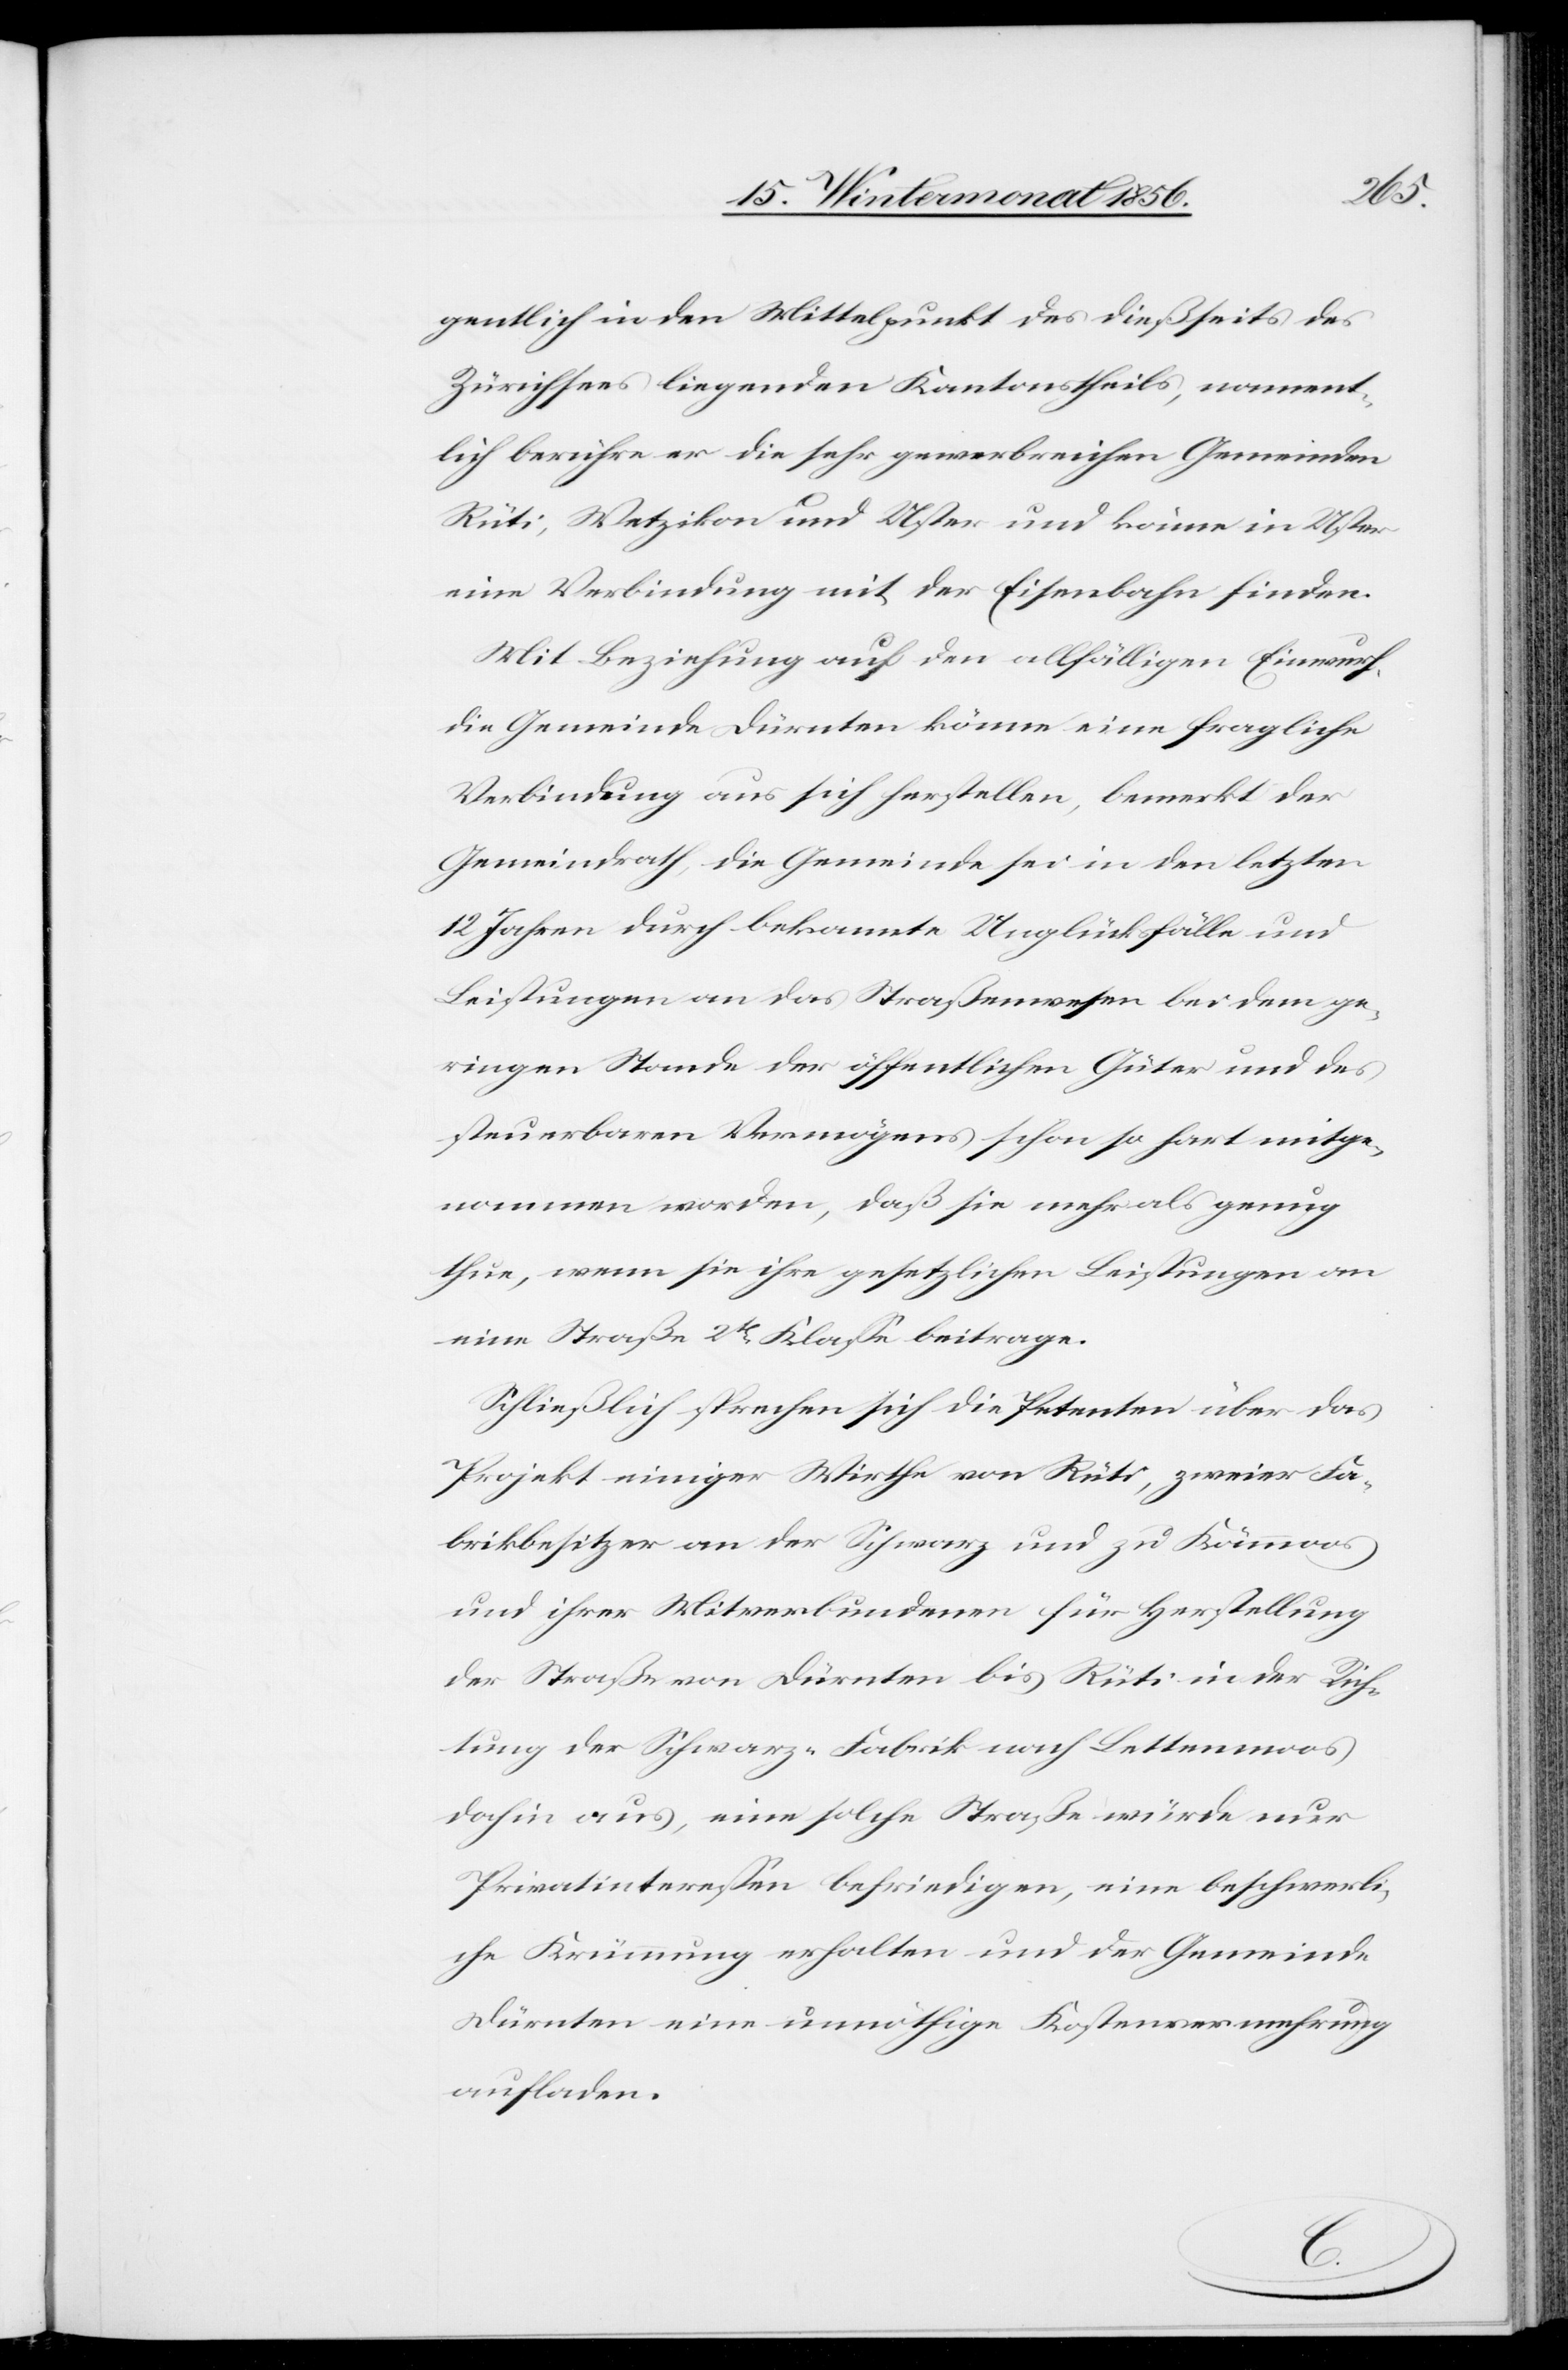
gentlich in den Mittelpunkt des dießseits des
Zürichsees liegenden Kantonstheils, nament¬
lich berühre er die sehr gewerbreichen Gemeinden
Rüti, Wetzikon und Uster und könne in Uster
eine Verbindung mit der Eisenbahn finden.
Mit Beziehung auf den allfälligen Einwurf,
die Gemeinde Dürnten könne eine fragliche
Verbindung aus sich herstellen, bemerkt der
Gemeindrath, die Gemeinde sei in den letzten
12 Jahren durch bekannte Unglücksfälle und
Leistungen an das Straßenwesen bei dem ge¬
ringen Stande der öffentlichen Güter und des
steuerbaren Vermögens schon so hart mitge¬
nommen worden, daß sie mehr als genug
thue, wenn sie ihre gesetzlichen Leistungen an
eine Straße 2t Klasse beitrage.
Schließlich sprechen sich die Petenten über das
Projekt einiger Wirthe von Rüti, zweier Fa¬
brikbesitzer an der Schwarz und zu Kämmoos
und ihrer Mitverbundenen für Herstellung
der Straße von Dürnten bis Rüti in der Rich¬
tung der Schwarz-Fabrik nach Lettenmoos
dahin aus, eine solche Straße würde nur
Privatinteressen befriedigen, eine beschwerli¬
che Krümmung erhalten und der Gemeinde
Dürnten eine unnöthige Kostenvermehrung
aufladen.